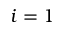
i = 1